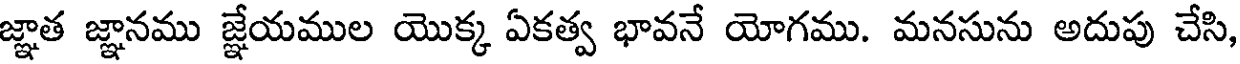
జ్ఞాత జ్ఞానము జ్ఞేయముల యొక్క ఏకత్వ భావనే యోగము. మనసును అదుపు చేసి,